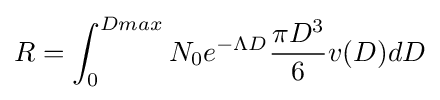
R=\int _{0}^{Dmax}N_{0}e^{-\Lambda D}{\pi D^{3} \over 6}v(D)dD